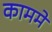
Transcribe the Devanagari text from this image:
काममे